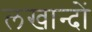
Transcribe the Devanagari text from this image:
लखान्दों